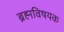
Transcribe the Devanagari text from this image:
ब्रह्मविषयक